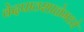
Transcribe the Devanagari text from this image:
वेदपाठशाळेमध्ये